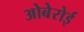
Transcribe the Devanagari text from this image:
ओबेरोई